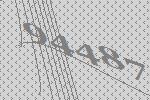
94487